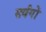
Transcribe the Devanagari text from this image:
सर्वगों